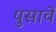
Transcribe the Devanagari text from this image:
पुसावें